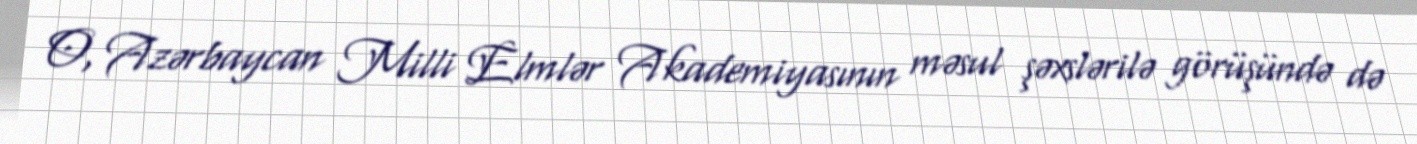
O, Azərbaycan Milli Elmlər Akademiyasının məsul şəxslərilə görüşündə də